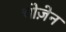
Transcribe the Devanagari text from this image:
चोज़ेन